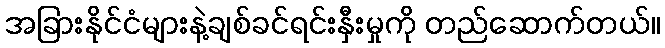
အခြားနိုင်ငံများနဲ့ချစ်ခင်ရင်းနှီးမှုကို တည်ဆောက်တယ်။